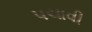
પચાવી